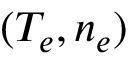
( T _ { e } , n _ { e } )